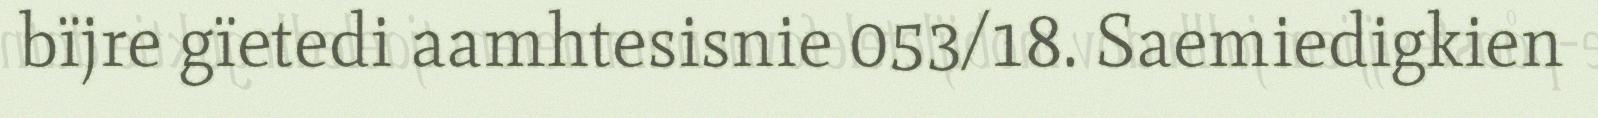
bïjre gïetedi aamhtesisnie 053/18. Saemiedigkien